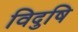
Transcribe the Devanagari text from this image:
विदुषि